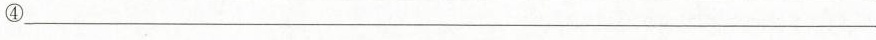
④___